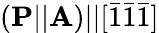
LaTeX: (\mathbf{P}||\mathbf{A})||[\bar{1}\bar{1}\bar{1}]